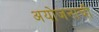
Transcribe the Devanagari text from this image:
अयोजनाची